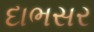
દાભસર